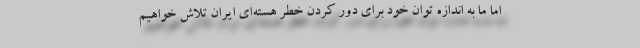
اما ما به اندازه توان خود برای دور کردن خطر هسته‌ای ایران تلاش خواهیم